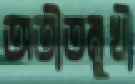
অতীতমুখী